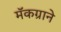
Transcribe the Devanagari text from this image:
मॅकग्राने